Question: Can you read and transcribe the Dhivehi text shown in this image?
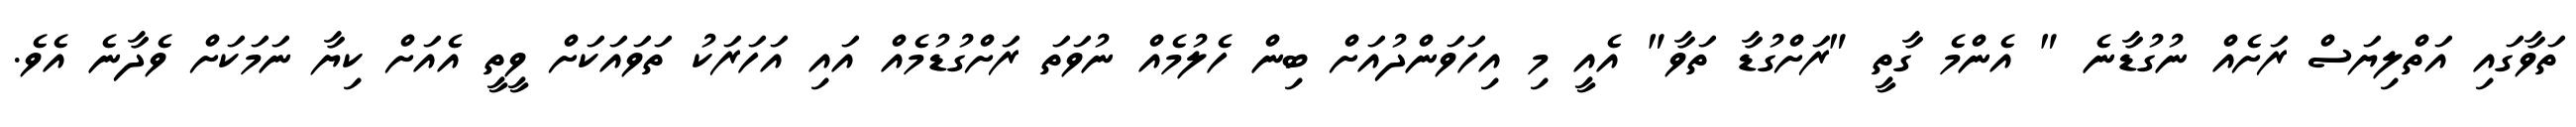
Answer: ތަވާގައި އަތްލިޔަސް ރަށެއް ނުގުޑާނެ " އެންމެ ގާތީ "ރަށްގުޑާ ތަވާ" އެއީ މި އިހަވަންދުއަށް ބިން ހެލުމެއް ނުވަތަ ރަށްގުޑުމެއް އައި އަހަރަކު ތަވައަކަށް ވީތީ އެއަށް ކިޔާ ނަމަކަށް ވެދާނެ އެވެ.